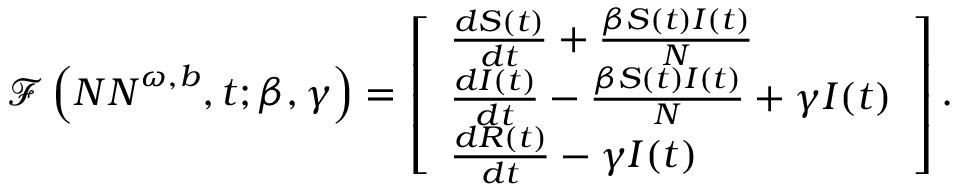
\mathcal { F } \left( { N N } ^ { \omega , b } , t ; \beta , \gamma \right) = \left[ \begin{array} { l } { \frac { d S ( t ) } { d t } + \frac { \beta S ( t ) I ( t ) } { N } } \\ { \frac { d I ( t ) } { d t } - \frac { \beta S ( t ) I ( t ) } { N } + \gamma I ( t ) } \\ { \frac { d R ( t ) } { d t } - \gamma I ( t ) } \end{array} \right] .